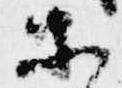
等